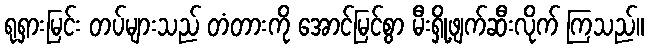
ရုရှားမြင်း တပ်များသည် တံတားကို အောင်မြင်စွာ မီးရှို့ဖျက်ဆီးလိုက် ကြသည်။